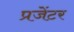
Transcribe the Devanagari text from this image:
प्रजेंटर